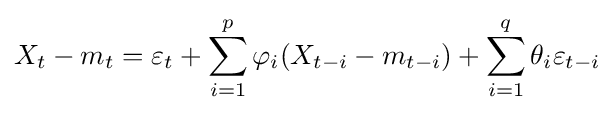
X_{t}-m_{t}=\varepsilon _{t}+\sum _{i=1}^{p}\varphi _{i}(X_{t-i}-m_{t-i})+\sum _{i=1}^{q}\theta _{i}\varepsilon _{t-i}